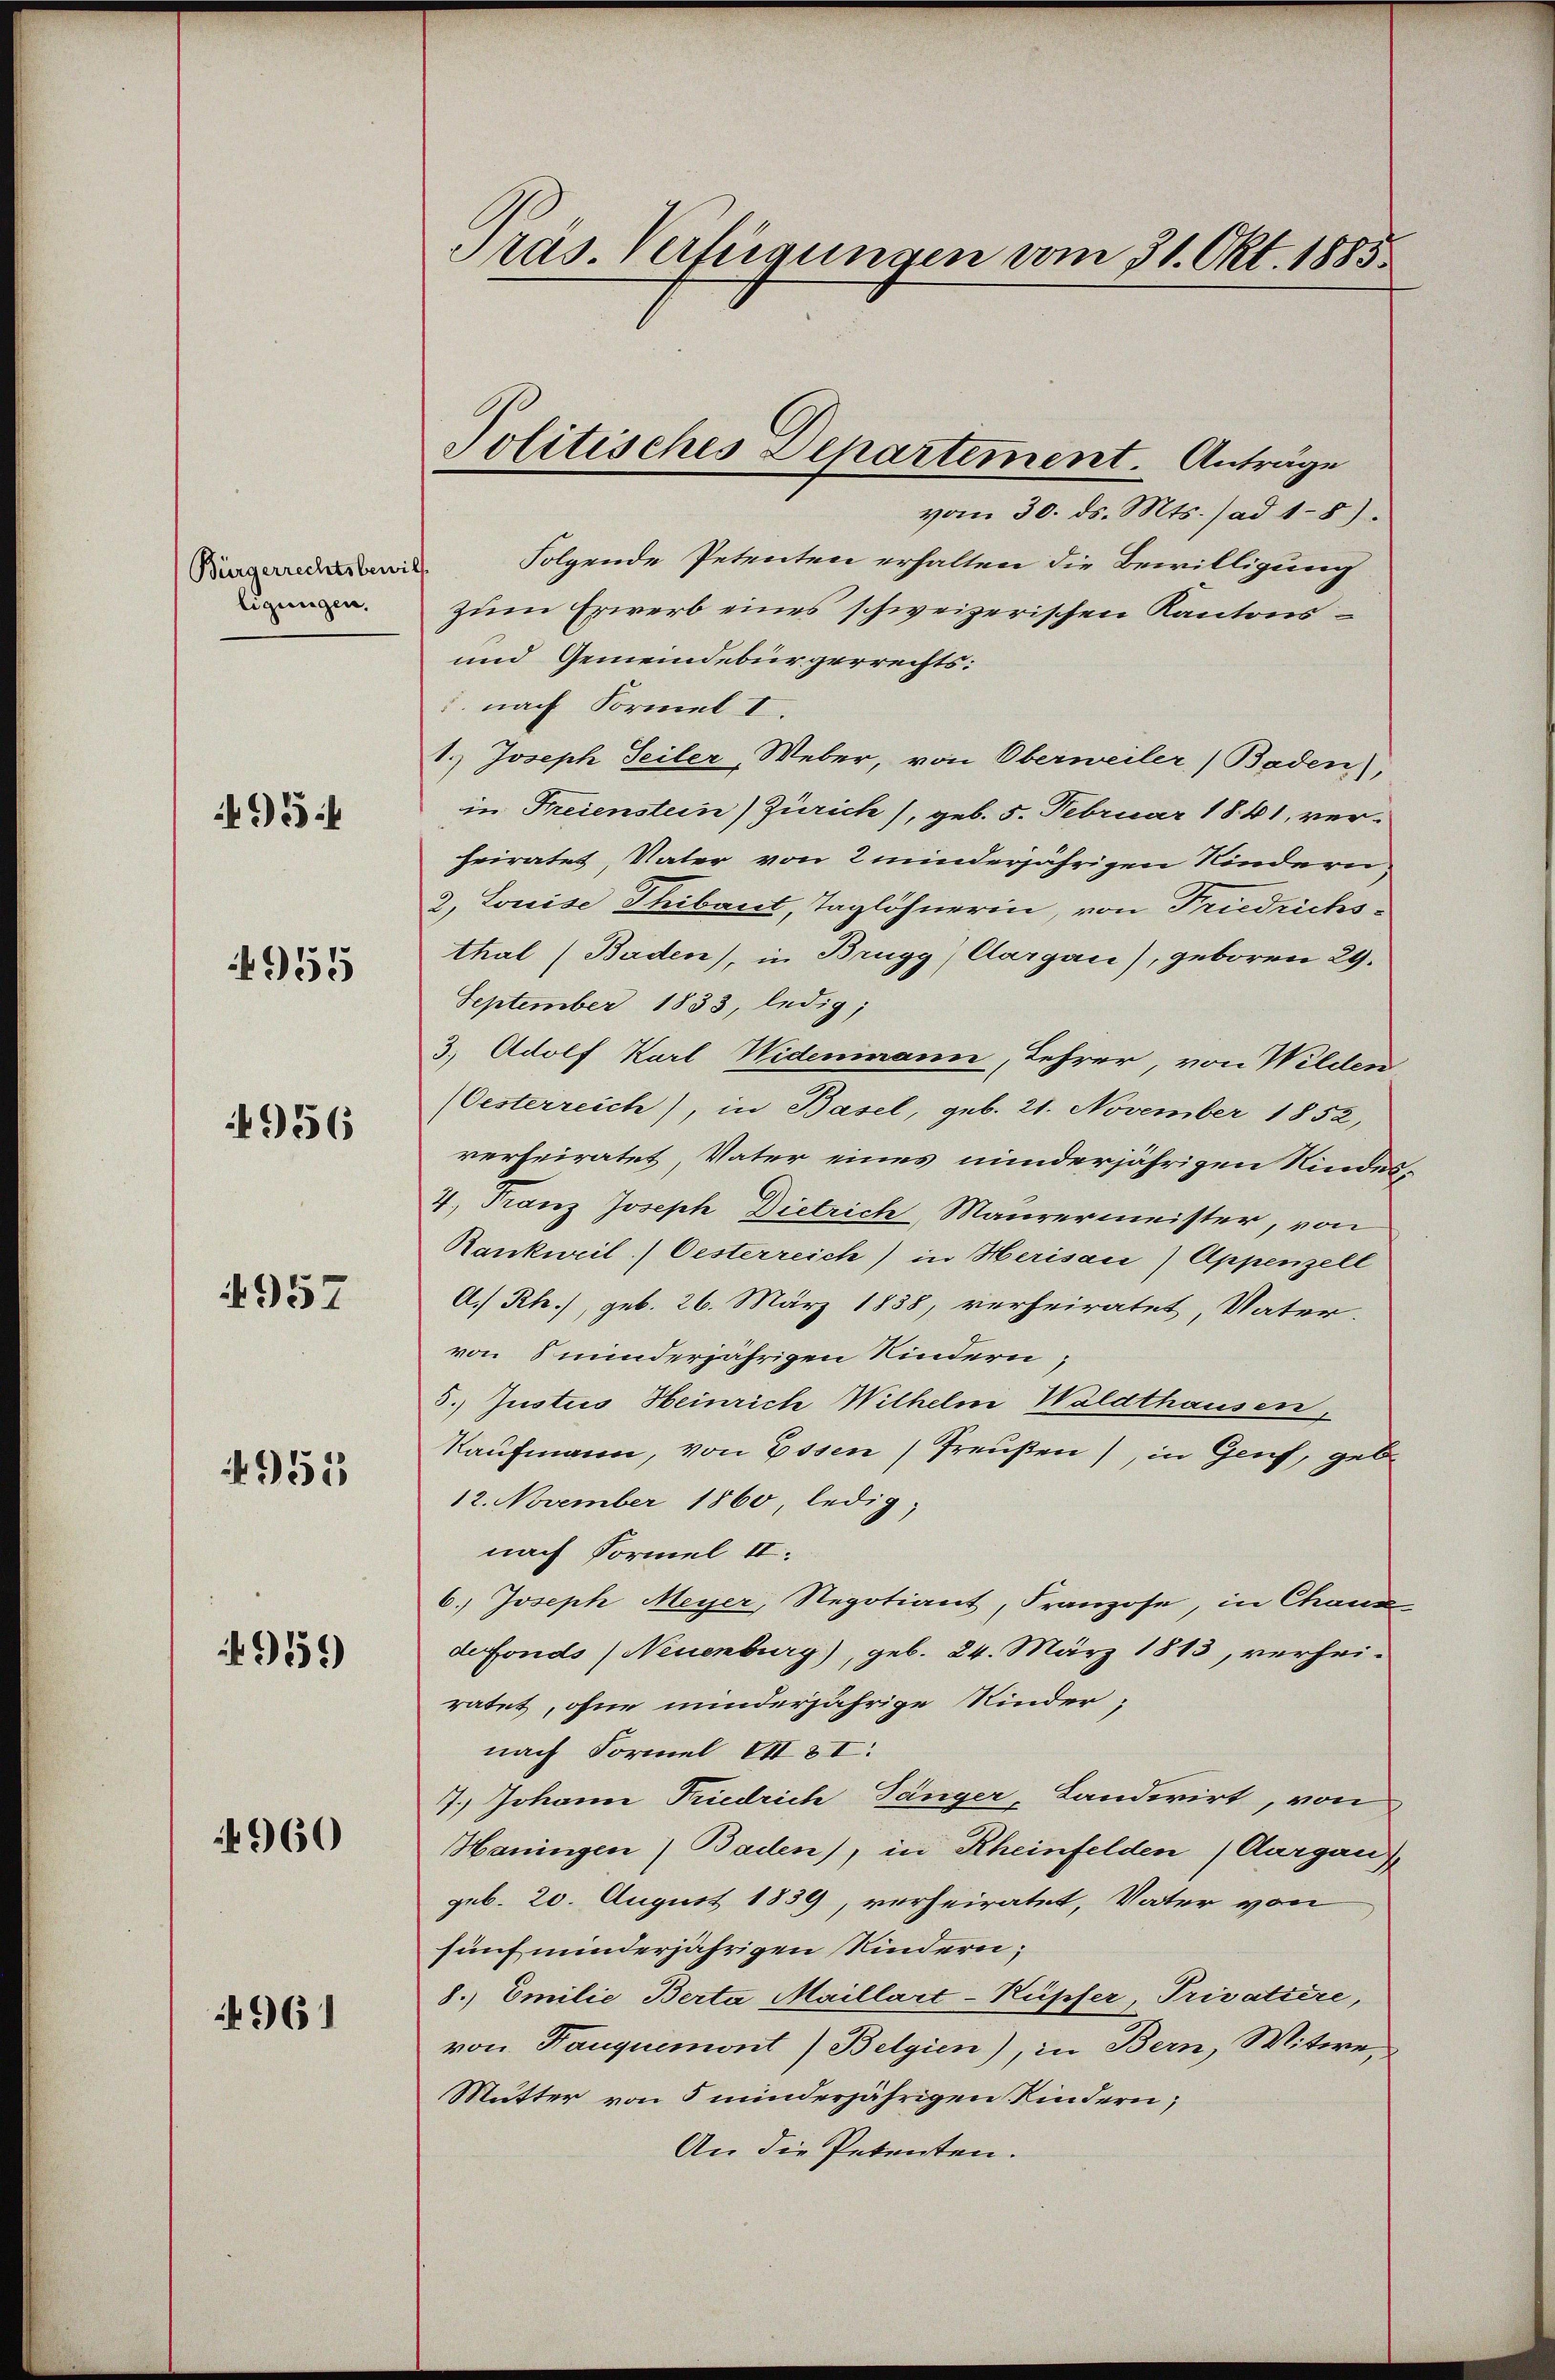
ligungen.

954

4955

4956

957

951

951)

960

496)

Präs. Verfügungen vom 31. Okt. 1885.

Politisches Departement. Anträge

vom 30. ds. Mts. ad 1-8).
 Folgende Petenten erhalten die Bewilligung
Zum Erwerb eines schweizerischen Kantons¬
und Gemeindebürgerrechts:
 nach Formel I.
1.) Joseph Seiler, Weber, von Oberweiler (Baden),
in Freienstein) Zürich), geb. 5. Februar 1841, verheiratet, Vater von 2 minderjährigen Kindern
2, Louise Thibaut, Taglöhnerin, von Friedrichs-
thal (Baden), in Brugg, Aargau), geboren 29.
September 1833, ledig;
3. Adolf Karl Widenmann, Lehrer, von Wilden
(Oesterreich), in Basel, geb. 21. November 1852,
verheiratet, Vater eines minderjährigen Kindes¬
4, Franz Joseph Dietrich, Maurermeister, von
Rankweil) Oesterreich) in Herisau) Appenzell
A.) Rh.), geb. 26. März 1838, verheiratet, Vater.
von minderjährigen Kindern
5. Justies Heinrich Wilhelmi Waldthausen,
Kaufmann, von Essen Preußen), in Genf, gebe
12. November 1860, ledig,
nach Formel II.
6.) Joseph Meyer, Negotiant, Franzose, in Chana
defonds) Neuenburg), geb. 24. März 1813, verhei-
ratet, ohne minderjährige Kinder,
nach Formel VIII.
7.) Johann Friedrich, Sänger, Landwirt, von
Haningen) Baden), in Rheinfelden (Aargau)
geb. 20. August 1839, verheiratet, Vater von
fünf minderjährigen Kindern;
8. Emilie Berta Maillart-Küpfer, Privatiere,
von Hauquemont) Belgien), in Bern, Witwe,
Mutter von 5 minderjährigen Kindern,
An die Petenten.

5